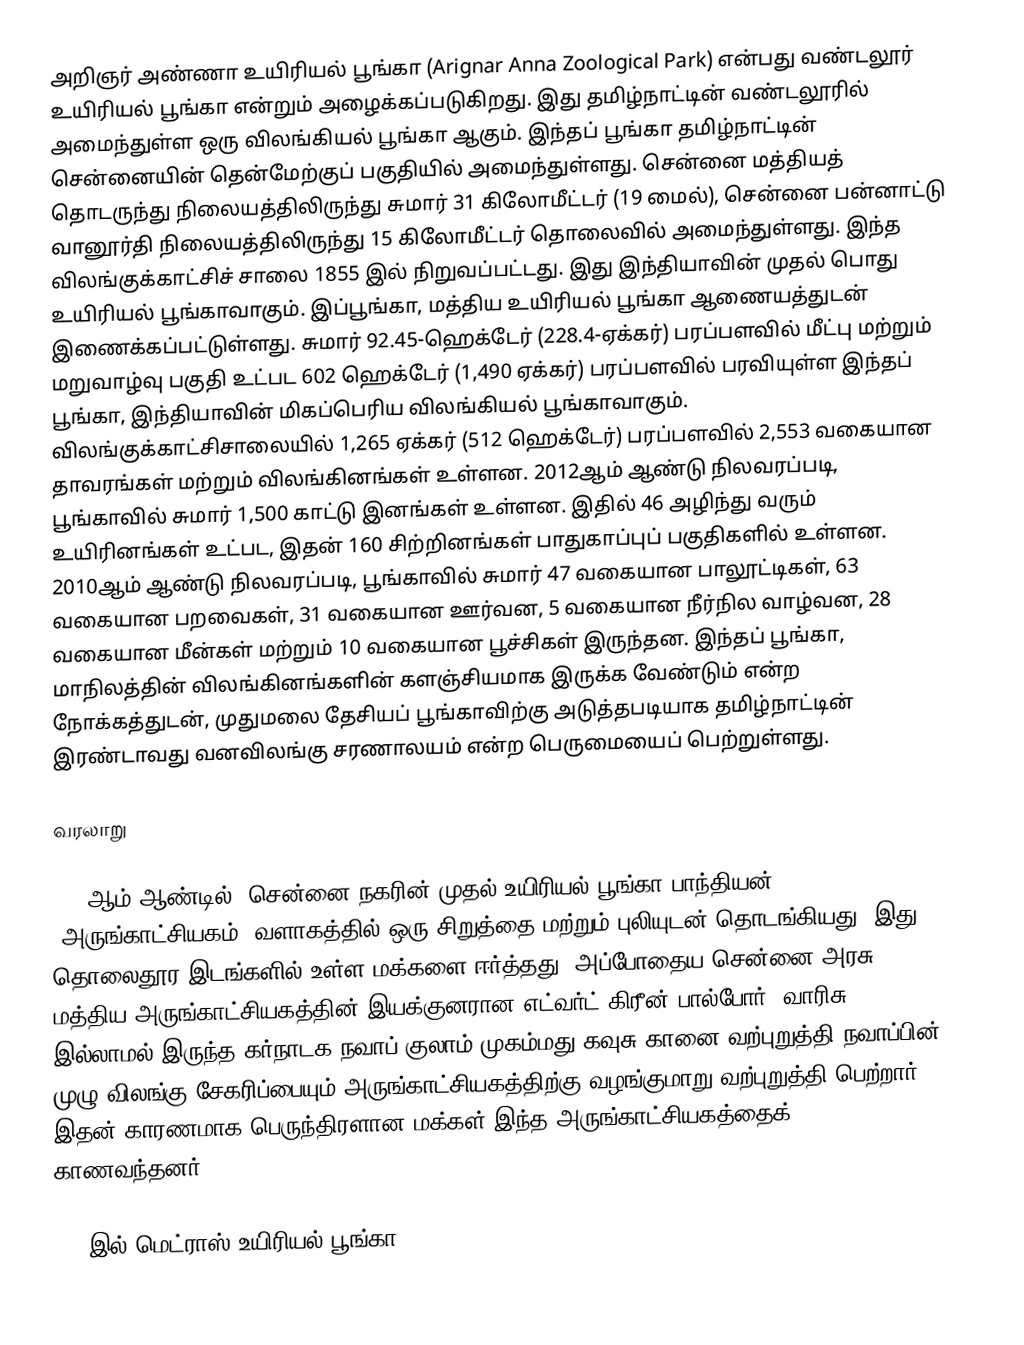
அறிஞர் அண்ணா உயிரியல் பூங்கா (Arignar Anna Zoological Park) என்பது வண்டலூர் உயிரியல் பூங்கா என்றும் அழைக்கப்படுகிறது. இது தமிழ்நாட்டின் வண்டலூரில் அமைந்துள்ள ஒரு விலங்கியல் பூங்கா ஆகும். இந்தப் பூங்கா தமிழ்நாட்டின் சென்னையின் தென்மேற்குப் பகுதியில் அமைந்துள்ளது. சென்னை மத்தியத் தொடருந்து நிலையத்திலிருந்து சுமார் 31 கிலோமீட்டர் (19 மைல்), சென்னை பன்னாட்டு வானூர்தி நிலையத்திலிருந்து 15 கிலோமீட்டர் தொலைவில் அமைந்துள்ளது. இந்த விலங்குக்காட்சிச் சாலை 1855 இல் நிறுவப்பட்டது. இது இந்தியாவின் முதல் பொது உயிரியல் பூங்காவாகும். இப்பூங்கா, மத்திய உயிரியல் பூங்கா ஆணையத்துடன் இணைக்கப்பட்டுள்ளது. சுமார் 92.45-ஹெக்டேர் (228.4-ஏக்கர்) பரப்பளவில் மீட்பு மற்றும் மறுவாழ்வு பகுதி உட்பட 602 ஹெக்டேர் (1,490 ஏக்கர்) பரப்பளவில் பரவியுள்ள இந்தப் பூங்கா, இந்தியாவின் மிகப்பெரிய விலங்கியல் பூங்காவாகும். விலங்குக்காட்சிசாலையில் 1,265 ஏக்கர் (512 ஹெக்டேர்) பரப்பளவில் 2,553 வகையான தாவரங்கள் மற்றும் விலங்கினங்கள் உள்ளன. 2012ஆம் ஆண்டு நிலவரப்படி, பூங்காவில் சுமார் 1,500 காட்டு இனங்கள் உள்ளன. இதில் 46 அழிந்து வரும் உயிரினங்கள் உட்பட, இதன் 160 சிற்றினங்கள் பாதுகாப்புப் பகுதிகளில் உள்ளன.  2010ஆம் ஆண்டு நிலவரப்படி, பூங்காவில் சுமார் 47 வகையான பாலூட்டிகள், 63 வகையான பறவைகள், 31 வகையான ஊர்வன, 5 வகையான நீர்நில வாழ்வன, 28 வகையான மீன்கள் மற்றும் 10 வகையான பூச்சிகள் இருந்தன. இந்தப் பூங்கா, மாநிலத்தின் விலங்கினங்களின் களஞ்சியமாக இருக்க வேண்டும் என்ற நோக்கத்துடன், முதுமலை தேசியப் பூங்காவிற்கு அடுத்தபடியாக தமிழ்நாட்டின் இரண்டாவது வனவிலங்கு சரணாலயம் என்ற பெருமையைப் பெற்றுள்ளது.

வரலாறு

1854ஆம் ஆண்டில், சென்னை நகரின் முதல் உயிரியல் பூங்கா பாந்தியன் (அருங்காட்சியகம்) வளாகத்தில் ஒரு சிறுத்தை மற்றும் புலியுடன் தொடங்கியது. இது தொலைதூர இடங்களில் உள்ள மக்களை ஈர்த்தது. அப்போதைய சென்னை அரசு மத்திய அருங்காட்சியகத்தின் இயக்குனரான எட்வர்ட் கிரீன் பால்போர், வாரிசு இல்லாமல் இருந்த கர்நாடக நவாப் குலாம் முகம்மது கவுசு கானை வற்புறுத்தி நவாப்பின் முழு விலங்கு சேகரிப்பையும் அருங்காட்சியகத்திற்கு வழங்குமாறு வற்புறுத்தி பெற்றார். இதன் காரணமாக பெருந்திரளான மக்கள் இந்த அருங்காட்சியகத்தைக் காணவந்தனர்.

1855இல் மெட்ராஸ் உயிரியல் பூங்கா